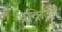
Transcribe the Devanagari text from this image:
प्रक्रिओं